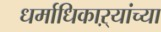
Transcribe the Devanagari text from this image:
धर्माधिकाऱ्यांच्या